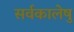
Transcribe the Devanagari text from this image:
सर्वकालेषु